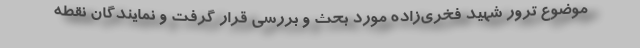
موضوع ترور شهید فخری‌زاده مورد بحث و بررسی قرار گرفت و نمایندگان نقطه